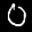
Label: 0